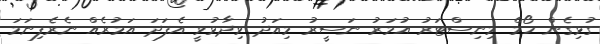
ގުޅިގެން ހޯމް މިނިސްޓަރު އުމަރު ނަސީރު މިއަދު ވިދާޅުވީ އެފަދަ އަމުރެއް ނެރެފިނަމަ